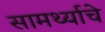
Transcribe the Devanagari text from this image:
सामर्थ्याचे